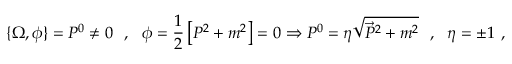
\{ \Omega , \phi \} = P ^ { 0 } \neq 0 \ \ , \ \ \phi = \frac { 1 } { 2 } \left[ P ^ { 2 } + m ^ { 2 } \right] = 0 \Rightarrow P ^ { 0 } = \eta \sqrt { \vec { P } ^ { 2 } + m ^ { 2 } } \ \ , \ \ \eta = \pm 1 \ ,